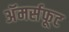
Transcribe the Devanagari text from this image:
अॅमर्सफूट